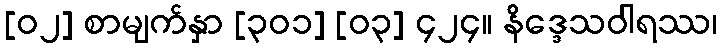
[၀၂] စာမျက်နှာ [၃၀၁] [၀၃] ၄၂၄။ နိဒ္ဒေသဝါရဿ၊